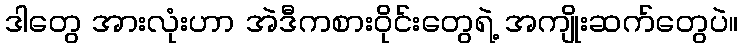
ဒါတွေ အားလုံးဟာ အဲဒီကစားဝိုင်းတွေရဲ့ အကျိုးဆက်တွေပဲ။